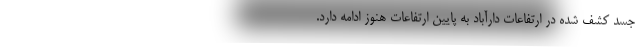
جسد کشف شده در ارتفاعات دارآباد به پایین ارتفاعات هنوز ادامه دارد.